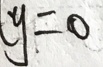
y = 0